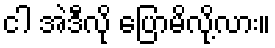
ငါ အဲဒီလို ပြောမိလို့လား။